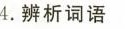
4.辨析词语